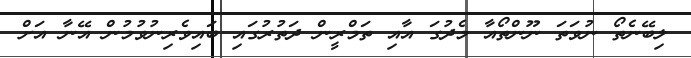
ލިބޭނެތޯ ނުވަތަ ނޫންތޯއާ މެދުގަ އާއި ތަމްރީން ދަތުރުގައި ބައިވެރިނުވުމުން އޭނާ އަށް